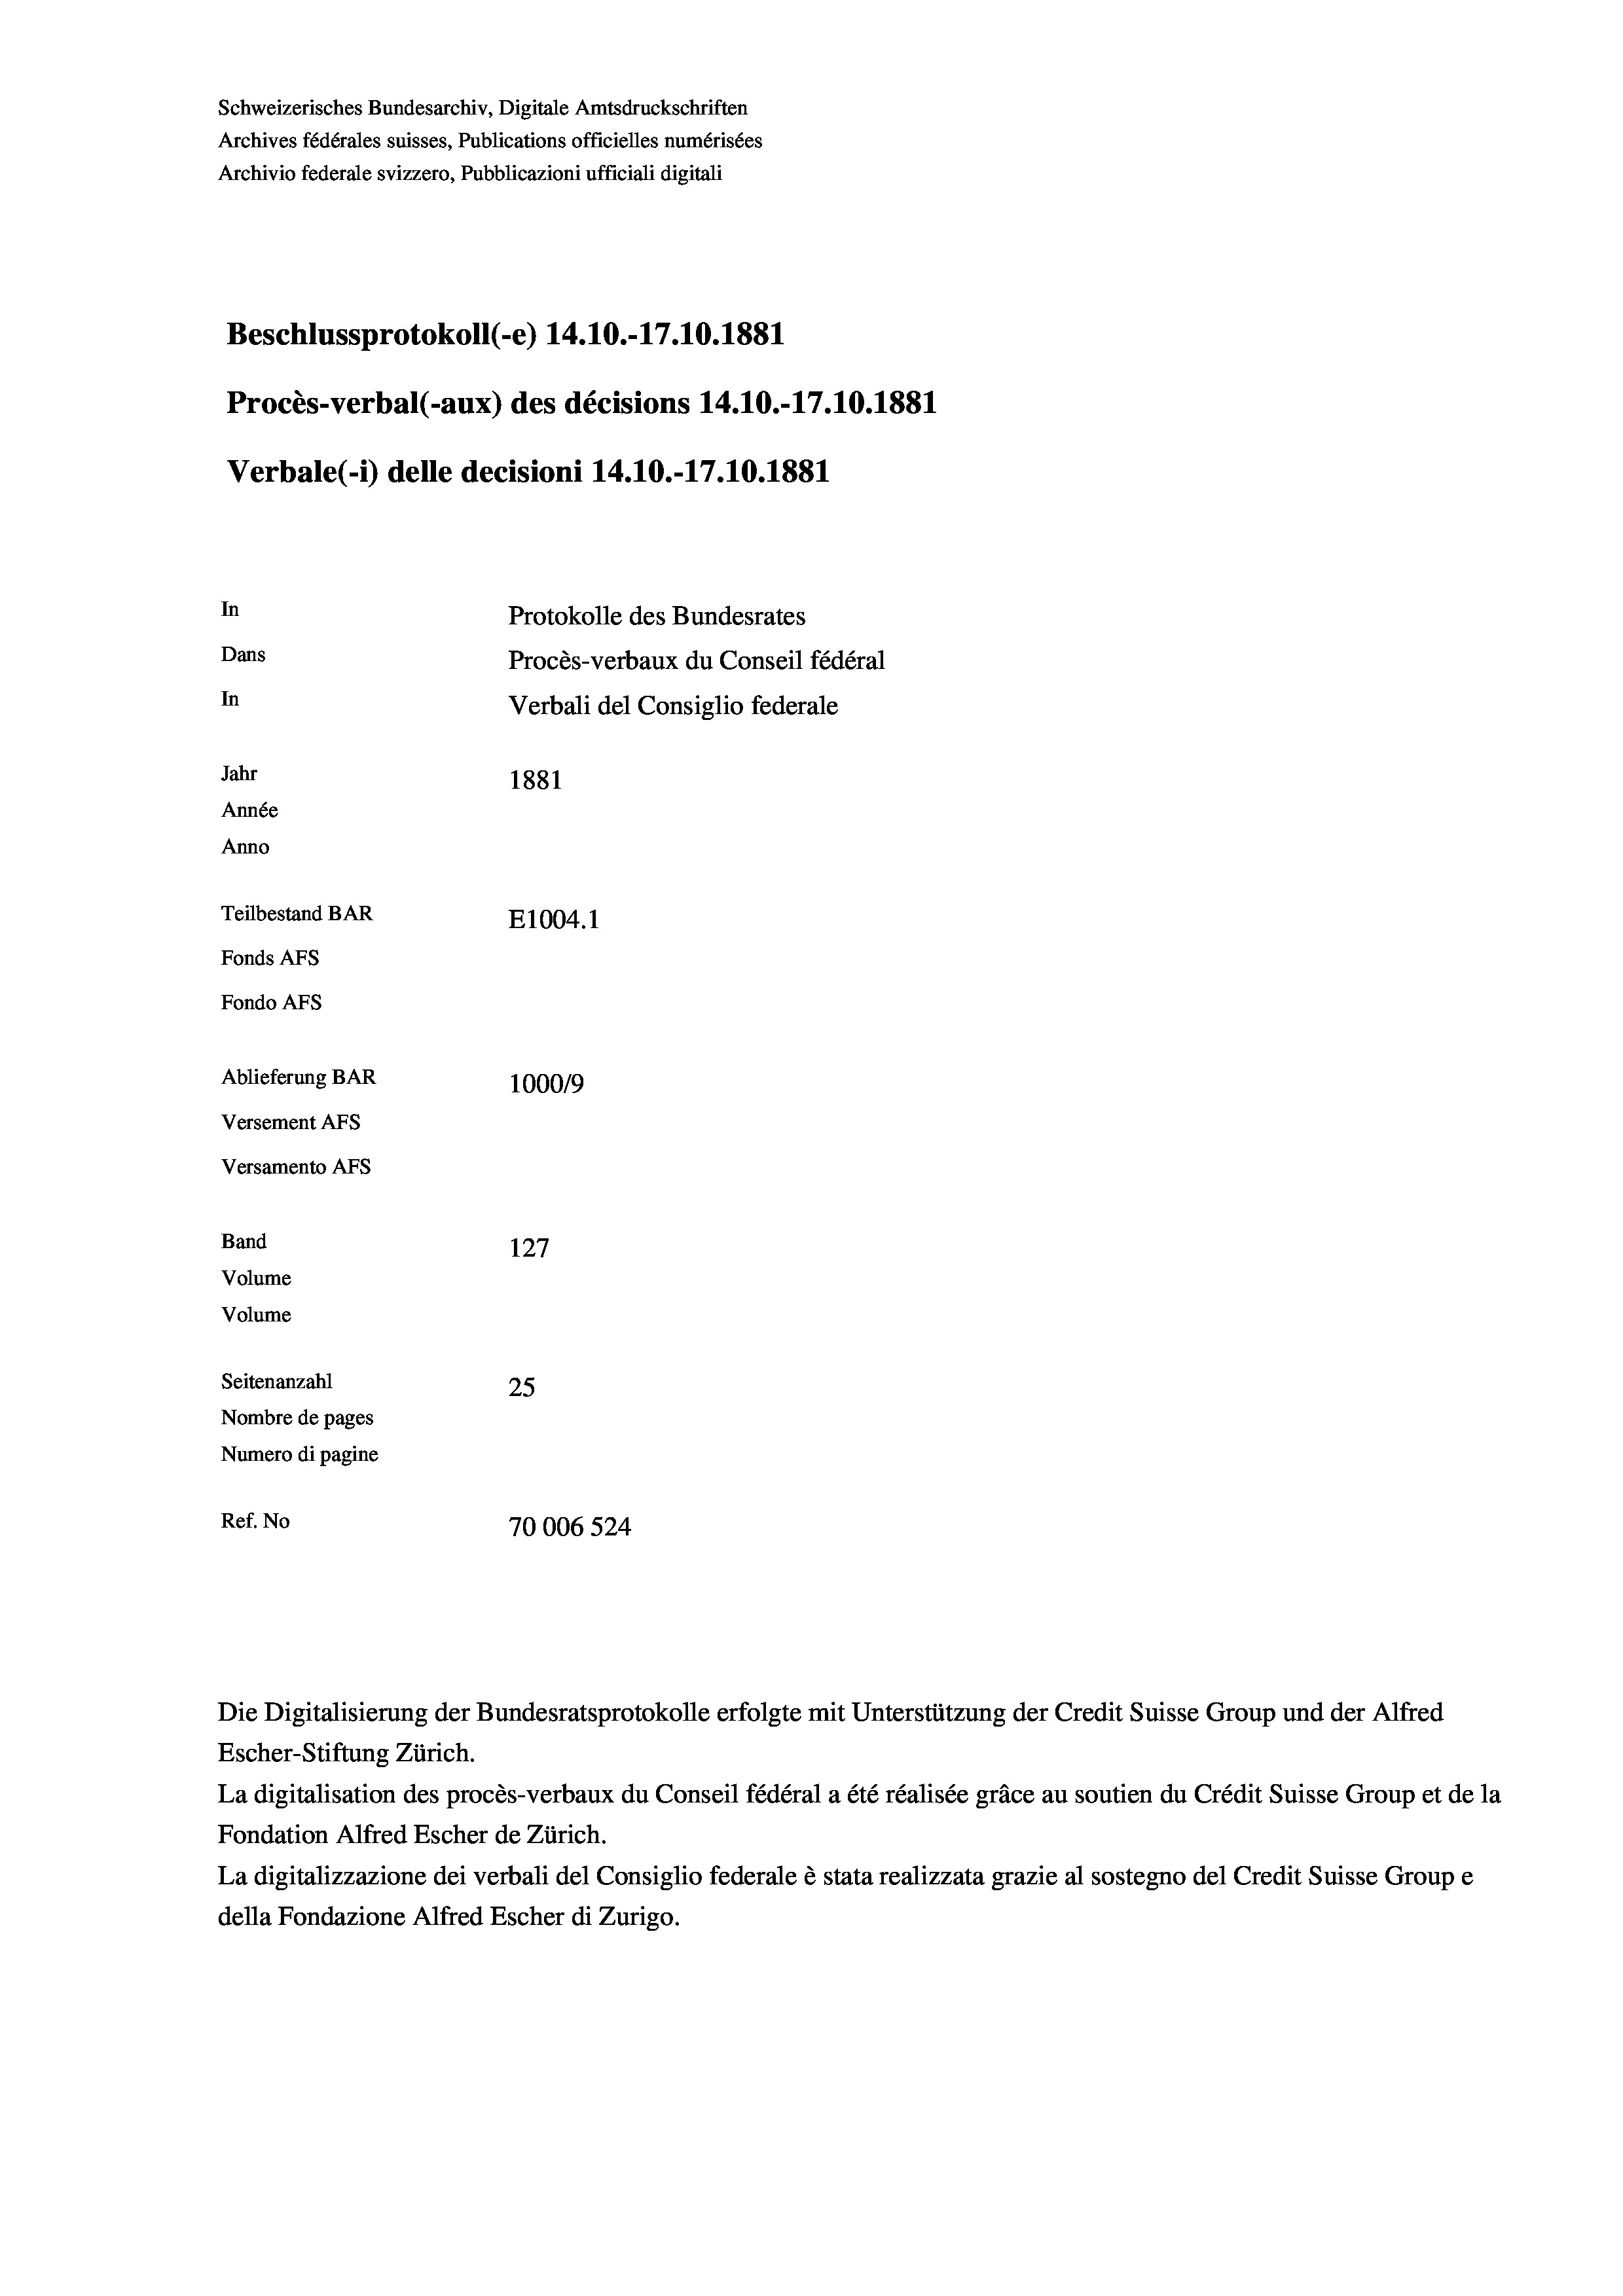
Schweizerisches Bundesarchiv, Digitale Amtsdruckschriften
Archives fédérales suisses, Publications officielles numérisées
Archivio federale svizzero, Pubblicazioni ufficiali digitali
Beschlussprotokoll (-e) 14.10.-17.10.1881
Procès-verbal (-aux) des décisions 14.10.-17.10.1881
Verbale(-*) delle decisioni 14.10.-17.10.1881
In
Protokolle des Bundesrates
Dans
Procès-verbaux du Conseil fédéral
In
Verbali del Consiglio federale
Jahr
1881
Année
Anno
Teilbestand BAR
E1004. 1
Fonds AFs
Fondo Afs
Ablieferung BAR
100019
Versement AFs
Versamento AFS
Band
127
Volume
Volume
Seitenanzahl
25
Nombre de pages
Numero di pagine
Ref. No
70006 524

Die Digitalisierung der Bundesratsprotokolle erfolgte mit Unterstützung der Credit Suisse Group und der Alfred
Escher-Stiftung Zürich.
La digitalisation des procès-verbaux du Conseil fédéral a été réalisée gräce au soutien du Crédit Suisse Group et de la
Fondation Alfred Escher de Zürich.
La digitalizzazione dei verbali del Consiglio federale è stata realizzata grazie al sostegno del Credit Suisse Groupe
della Fondazione Alfred Escher di Zurigo.